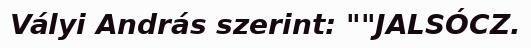
Vályi András szerint: ""JALSÓCZ.